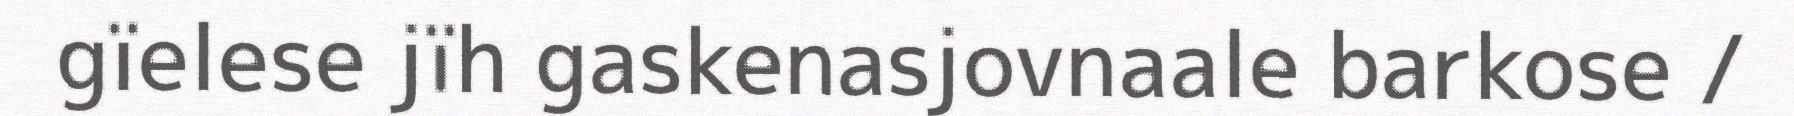
gïelese jïh gaskenasjovnaale barkose /